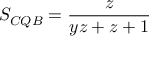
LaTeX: S _ { C Q B } = { \frac { z } { y z + z + 1 } }